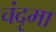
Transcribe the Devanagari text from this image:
चंदृमा